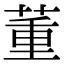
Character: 董